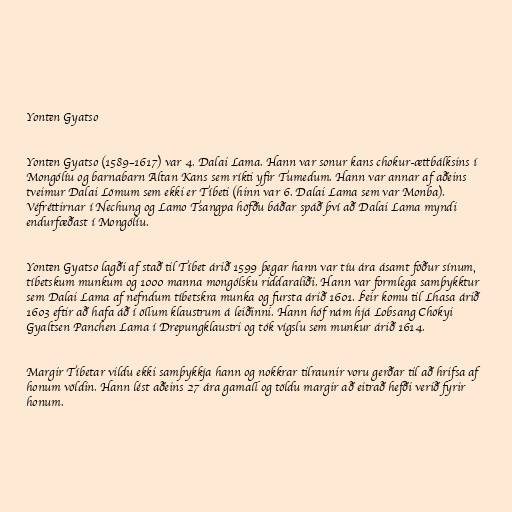
Yonten Gyatso

Yonten Gyatso (1589–1617) var 4. Dalai Lama. Hann var sonur kans chokur-ættbálksins í
Mongólíu og barnabarn Altan Kans sem ríkti yfir Tumedum. Hann var annar af aðeins
tveimur Dalai Lömum sem ekki er Tíbeti (hinn var 6. Dalai Lama sem var Monba).
Véfréttirnar í Nechung og Lamo Tsangpa höfðu báðar spáð því að Dalai Lama myndi
endurfæðast í Mongólíu.

Yonten Gyatso lagði af stað til Tíbet árið 1599 þegar hann var tíu ára ásamt föður sínum,
tíbetskum munkum og 1000 manna mongólsku riddaraliði. Hann var formlega samþykktur
sem Dalai Lama af nefndum tíbetskra munka og fursta árið 1601. Þeir komu til Lhasa árið
1603 eftir að hafa áð í öllum klaustrum á leiðinni. Hann hóf nám hjá Lobsang Chökyi
Gyaltsen Panchen Lama í Drepungklaustri og tók vígslu sem munkur árið 1614.

Margir Tíbetar vildu ekki samþykkja hann og nokkrar tilraunir voru gerðar til að hrifsa af
honum völdin. Hann lést aðeins 27 ára gamall og töldu margir að eitrað hefði verið fyrir
honum.